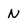
Character: N